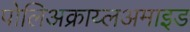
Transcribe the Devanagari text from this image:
पोलिअक्राय्लअमाइड